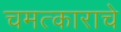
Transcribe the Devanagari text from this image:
चमत्काराचे